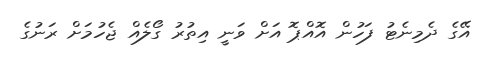
އޭގެ ދެމިނެޓު ފަހުން އޮއްޕޮ އަށް ވަނީ އިތުރު ގޯލެއް ޖެހުމަށް ރަނުގެ